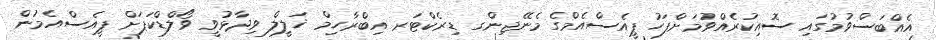
އެއްބަސްވުމުގައި ސޮއިކުރެއްވުމަށްފަހު ޕީއެސްއެމްގެ މެނޭޖިންގ ޑިރެކްޓަރ އިބްރާހިމް ޚަލީލް ވިދާޅުވީ ވޯލްޑްކަޕަށް ޕީއެސްއެމުން